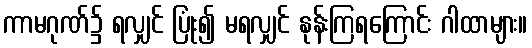
ကာမဂုဏ်၌ ရလျှင် ပြုံး၍ မရလျှင် နုန်းကြရကြောင်း ဂါထာများ။